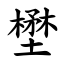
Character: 壄